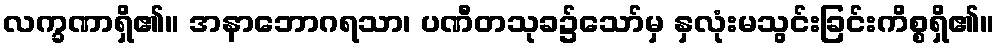
လက္ခဏာရှိ၏။ အနာဘောဂရသာ၊ ပဏီတသုခ၌သော်မှ နှလုံးမသွင်းခြင်းကိစ္စရှိ၏။